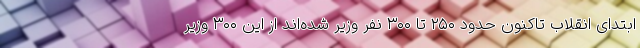
ابتدای انقلاب تاکنون حدود ۲۵۰ تا ۳۰۰ نفر وزیر شده‌اند از این ۳۰۰ وزیر